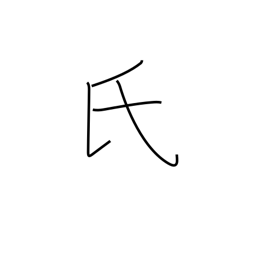
Meaning: surname